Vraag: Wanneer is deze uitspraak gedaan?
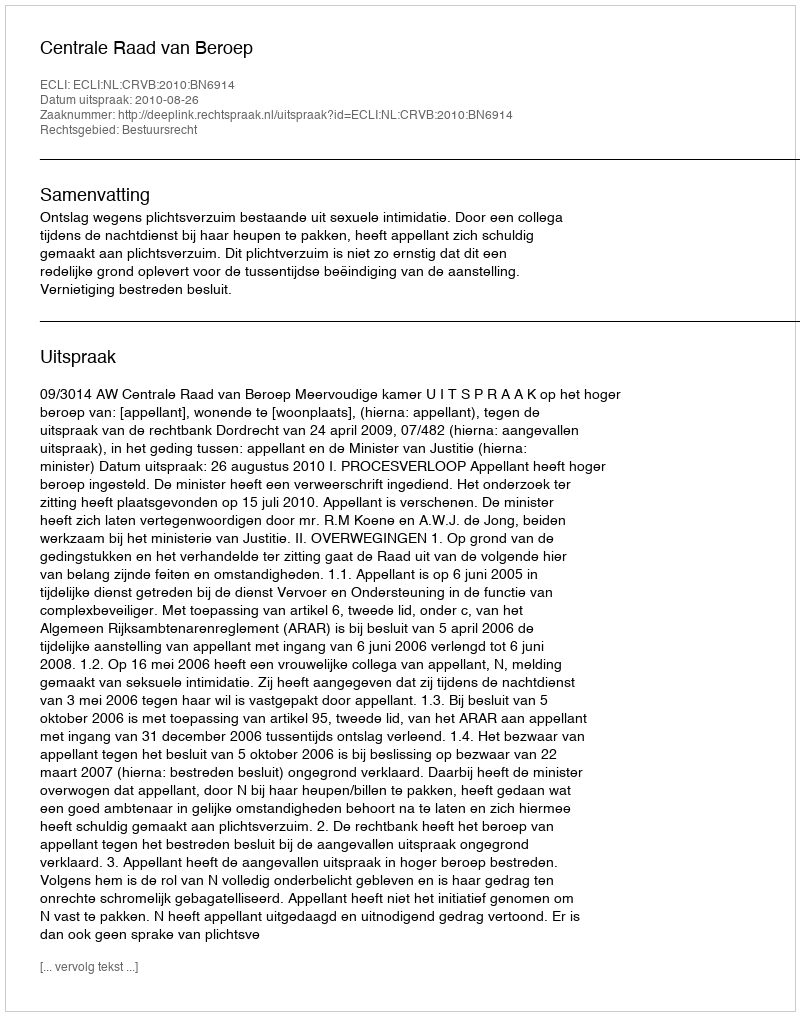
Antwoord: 2010-08-26